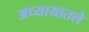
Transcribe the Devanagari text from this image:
अध्‍यायातले